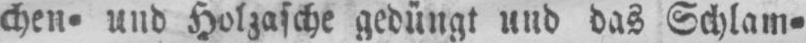
chen⸗ und Holzasche gedüngt und das Schlam⸗